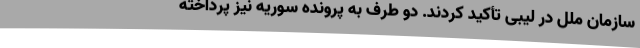
سازمان ملل در لیبی تأکید کردند. دو طرف به پرونده سوریه نیز پرداخته